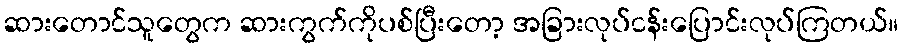
ဆားတောင်သူတွေက ဆားကွက်ကိုပစ်ပြီးတော့ အခြားလုပ်ငန်းပြောင်းလုပ်ကြတယ်။